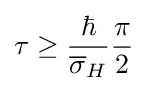
\tau \geq {\frac {\hbar }{{\overline {\sigma }}_{H}}}{\frac {\pi }{2}}